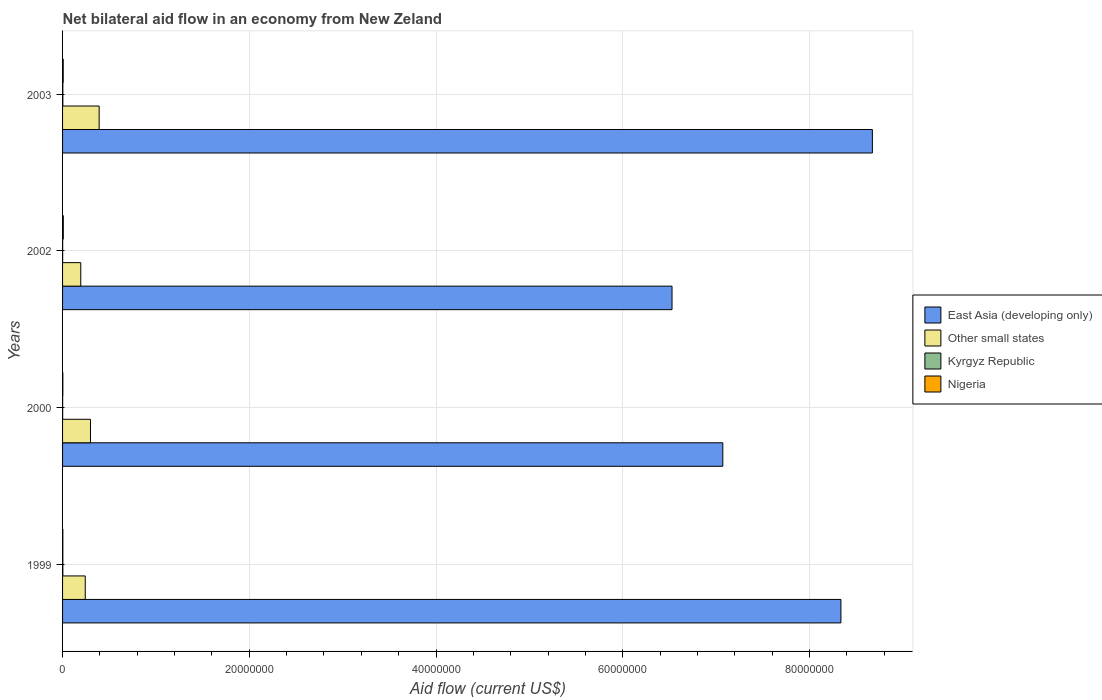
| Years | East Asia (developing only) | Other small states | Kyrgyz Republic | Nigeria |
 | --- | --- | --- | --- | --- |
 | 1999 | 8.34e+07 | 2.43e+06 | 3e+04 | 3e+04 |
 | 2000 | 7.07e+07 | 2.99e+06 | 1e+04 | 3e+04 |
 | 2002 | 6.53e+07 | 1.95e+06 | 1e+04 | 8e+04 |
 | 2003 | 8.67e+07 | 3.92e+06 | 3e+04 | 7e+04 |